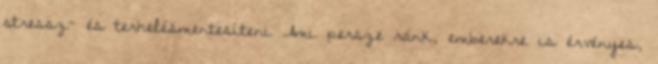
stressz- és terhelésmentesíteni Ami persze ránk, emberekre is érvényes,